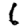
Digit: 6